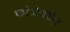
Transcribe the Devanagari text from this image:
फौजेवरील